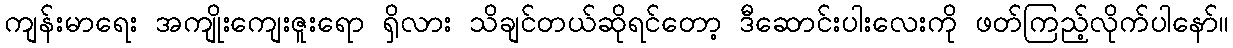
ကျန်းမာရေး အကျိုးကျေးဇူးရော ရှိလား သိချင်တယ်ဆိုရင်တော့ ဒီဆောင်းပါးလေးကို ဖတ်ကြည့်လိုက်ပါနော်။